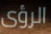
الرؤى